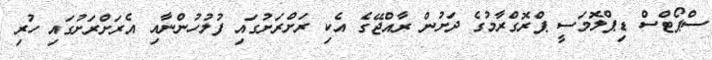
ސްޕޯޓްސް ޑިޕްލޮމަސީ ޕްރޮގްރާމުގެ ދަށުން ރާއްޖޭގެ އެކި ރަށްރަށުގައި ފުލުހުންނާއި އެރަށްރަށުގައި ހުރި